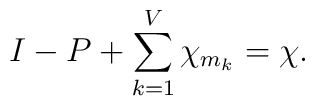
I-P+\sum_{k=1}^V\chi_{m_k}=\chi.